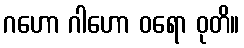
ဂဟော ဂါဟော ဝရော ဝုတိ။